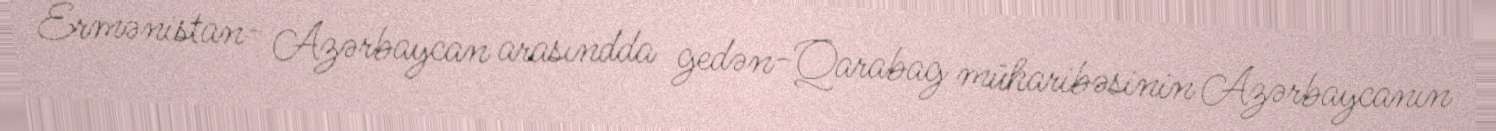
Ermənistan- Azərbaycan arasındda gedən-Qarabag müharibəsinin Azərbaycanın